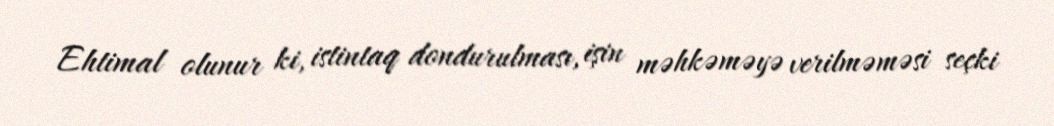
Ehtimal olunur ki, istintaq dondurulması, işin məhkəməyə verilməməsi seçki